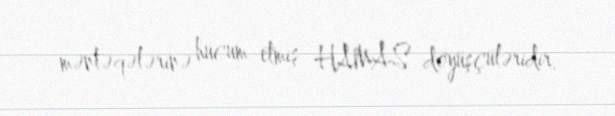
məntəqələrinə hücum etmiş HAMAS döyüşçüləridir.